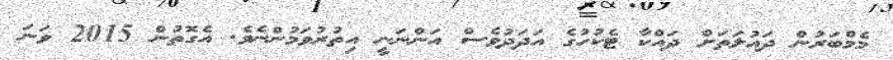
މެމްބަރުން ދައުލަތަށް ދައްކާ ޓެކުހުގެ އަދަދުވެސް އަންނަނީ އިތުރުވަމުންނެވެ. އެގޮތުން 2015 ވަނަ